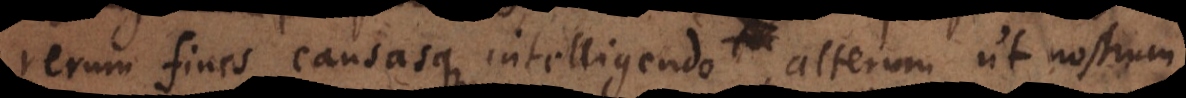
rerum fines causasque intelligendo, alterum ut nostrum